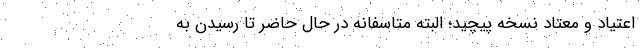
اعتیاد و معتاد نسخه پیچید؛ البته متاسفانه در حال حاضر تا رسیدن به